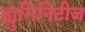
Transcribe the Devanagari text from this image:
ह्युमिनिटीज